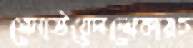
মেনাউয়েললোকায়চ